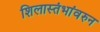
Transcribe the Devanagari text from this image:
शिलास्तंभांवरुन